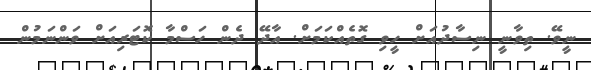
ނީވޭ. ތިވާނީ ނިސާދުއަށް ހީވި ގޮތެއްކަމަށް. އާދޭ ދެން ހަސްމާ ކޮޓަރިއަށް ވަންނަމުން